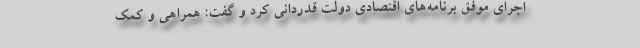
اجرای موفق برنامه‌های اقتصادی دولت قدردانی کرد و گفت: همراهی و کمک